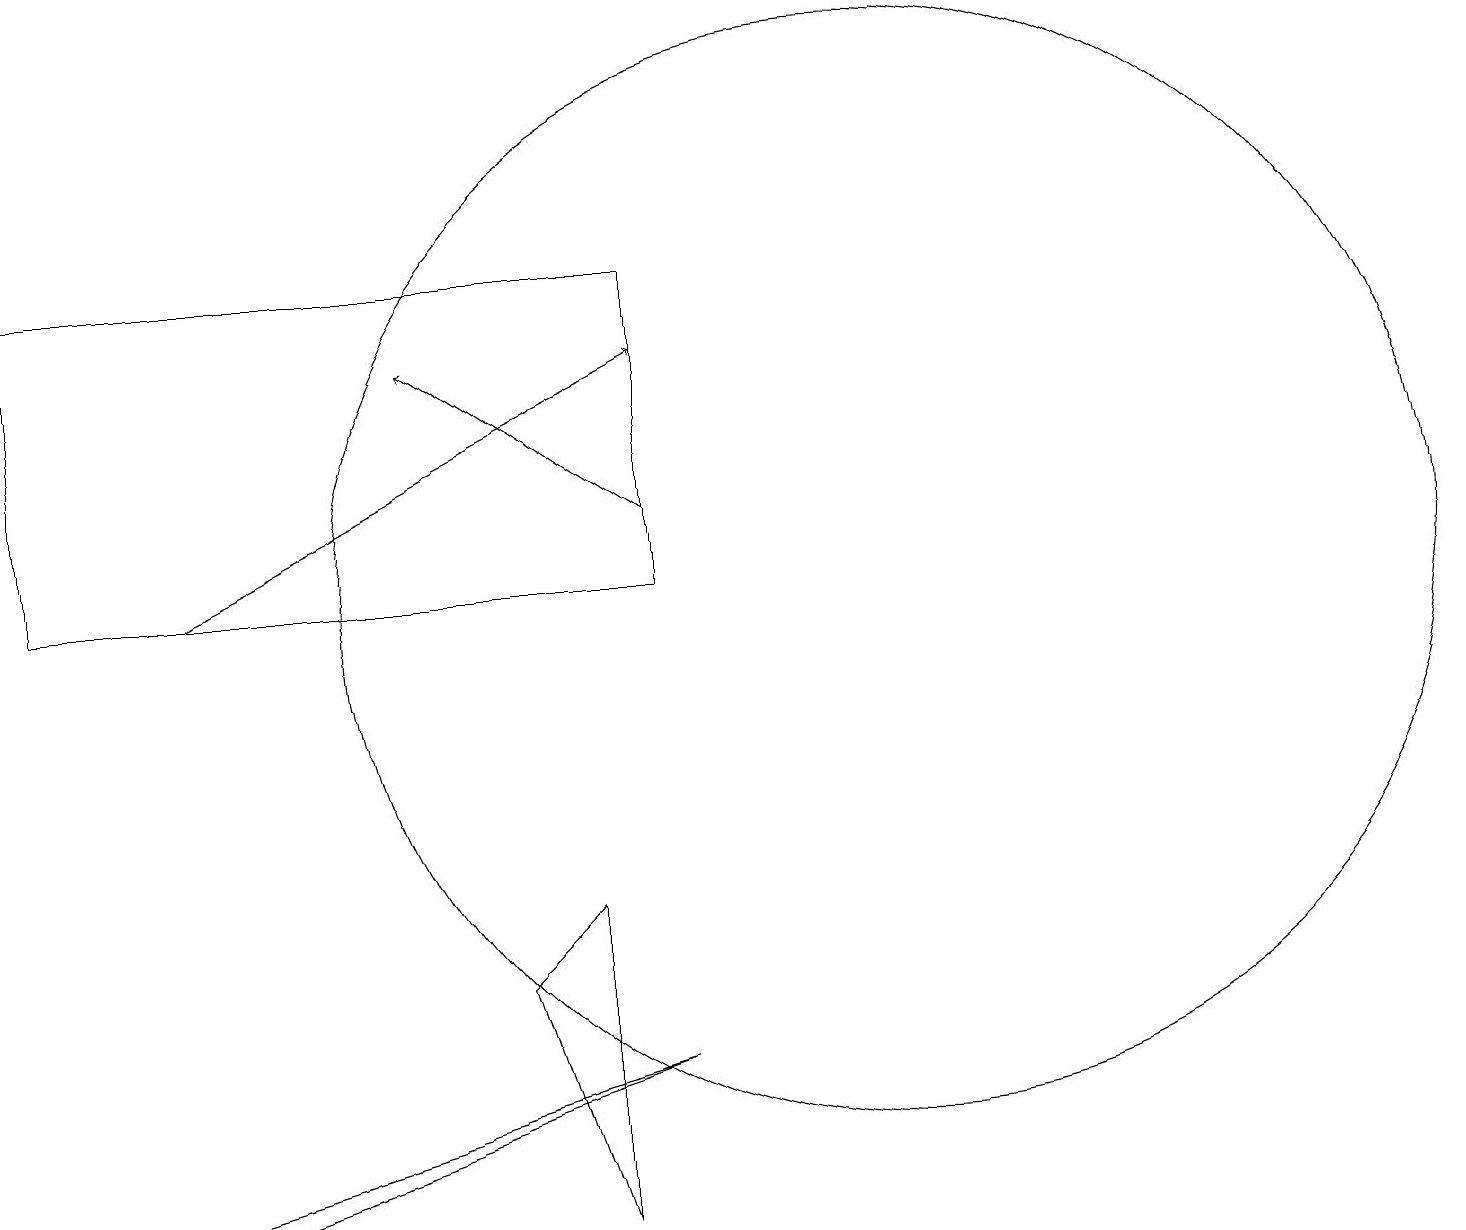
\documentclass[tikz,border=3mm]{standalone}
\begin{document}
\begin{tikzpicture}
\draw (12,12) circle (7);
\draw[->] (9,13) -- (6,15);
\draw (9,6) -- (2,4) -- (3,4) -- cycle;
\draw (8,8) -- (7,7) -- (8,4) -- cycle;
\draw[->] (3,12) -- (9,15);
\draw (9,16) rectangle (1,12);
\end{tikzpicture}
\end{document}